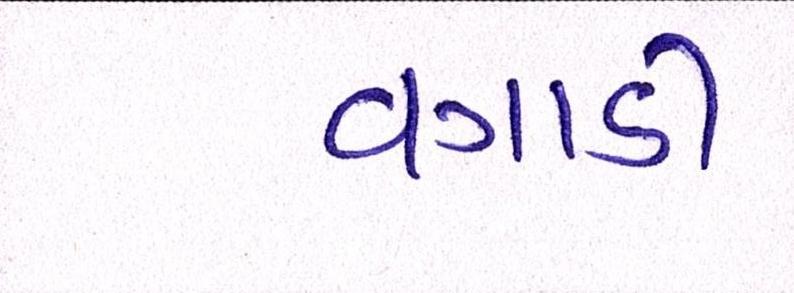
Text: વગાડી